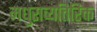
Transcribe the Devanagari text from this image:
मधुराव्यतिरिक्त